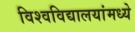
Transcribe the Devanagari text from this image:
विश्वविद्यालयांमध्ये